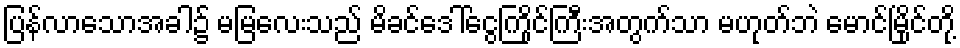
ပြန်လာသောအခါ၌ မမြလေးသည် မိခင်ဒေါ်ငွေကြိုင်ကြီးအတွက်သာ မဟုတ်ဘဲ မောင်မြိုင်တို့